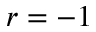
r = - 1